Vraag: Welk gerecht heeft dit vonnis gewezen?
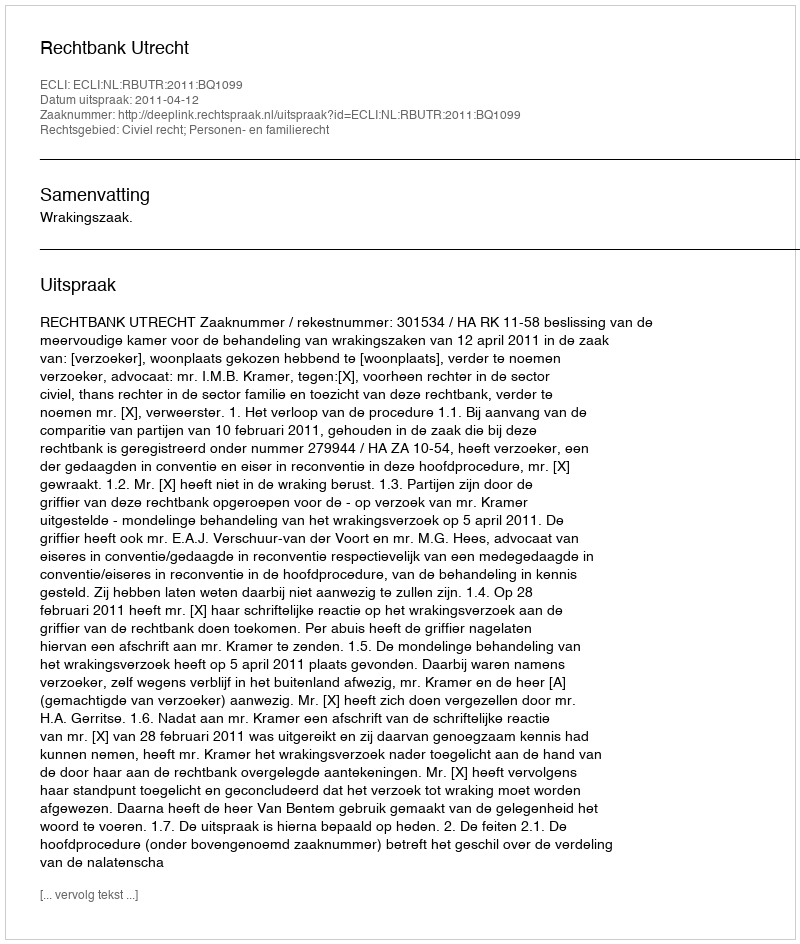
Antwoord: Rechtbank Utrecht